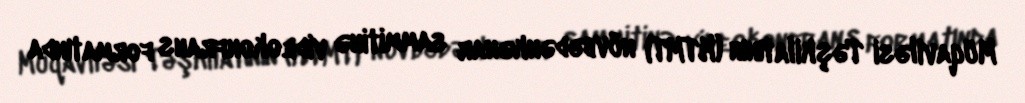
Müqaviləsi Təşkilatının (KTMT) növbədənkənar sammitinə videokonfrans formatında